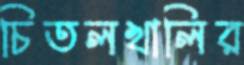
চিতলখালির